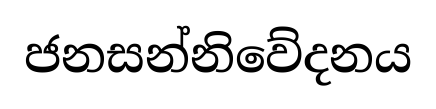
ජනසන්නිවේදනය